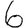
Digit: 6